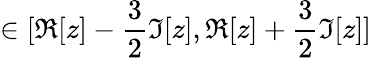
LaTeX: \in[\Re[z]-\frac{3}{2}\Im[z],\Re[z]+\frac{3}{2}\Im[z]]